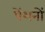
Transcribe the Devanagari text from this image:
पेंशनों